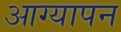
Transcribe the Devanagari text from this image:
आग्यापन